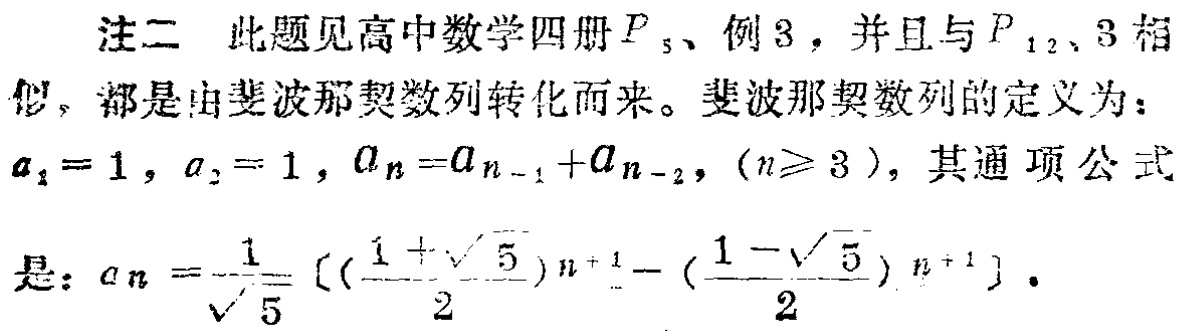
注二 此题见高中数学四册\(P_{5}\)、例3，并且与\(P_{12}\)、3相似，都是由斐波那契数列转化而来。斐波那契数列的定义为：

\(a_{1} = 1\), \(a_{2} = 1\), \(a_{n}=a_{n - 1}+a_{n - 2}\), \((n\geq 3)\)，其通项公式

是：\(a_{n}=\frac{1}{\sqrt{5}}[(\frac{1 + \sqrt{5}}{2})^{n + 1}-(\frac{1 - \sqrt{5}}{2})^{n + 1}]\)。